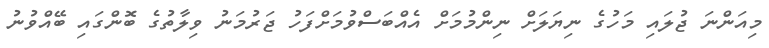
މިއަންނަ ޖުލައި މަހުގެ ނިޔަލަށް ނިންމުމަށް އެއްބަސްވުމަށްފަހު ޖަރުމަނު ވިލާތުގެ ބޮންގައި ބޭއްވުނު